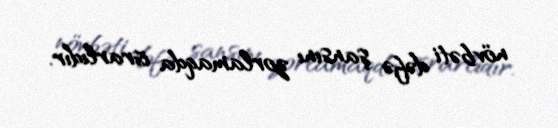
növbəti dəfə şansını zorlamaqda israrlıdır.